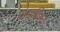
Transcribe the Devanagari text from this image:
पांडवविजय